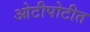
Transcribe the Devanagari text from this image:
ओटीपोटीत